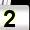
Digit: 2